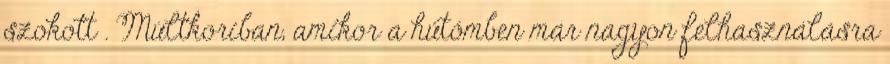
szokott . Múltkoriban, amikor a hűtőmben már nagyon felhasználásra